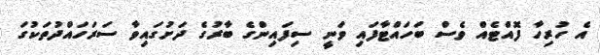
އެ ހުރިހާ ފޮއްޓެއް ވެސް ބަހައްޓާފައި ވަނީ ސިފައިންގެ ބާރުގެ ދަށުގައިވާ ސަރަހައްދުތަކުގަ